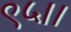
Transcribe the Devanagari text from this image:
९५।।